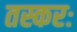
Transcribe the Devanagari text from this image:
तस्करः